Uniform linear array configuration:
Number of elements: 48
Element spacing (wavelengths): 1
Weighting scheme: exponential
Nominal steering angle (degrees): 30
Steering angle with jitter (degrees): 31.725
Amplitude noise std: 0.05
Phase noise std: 0.05

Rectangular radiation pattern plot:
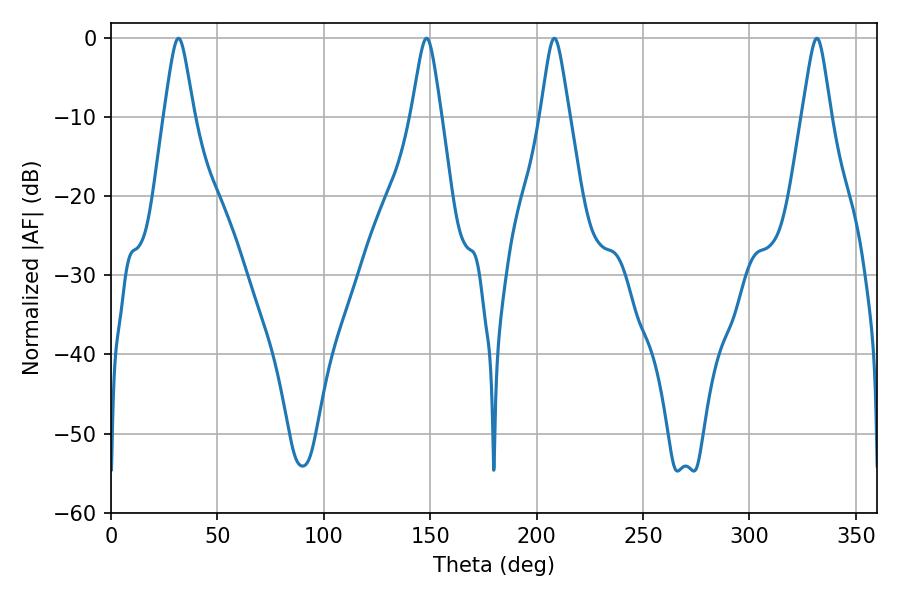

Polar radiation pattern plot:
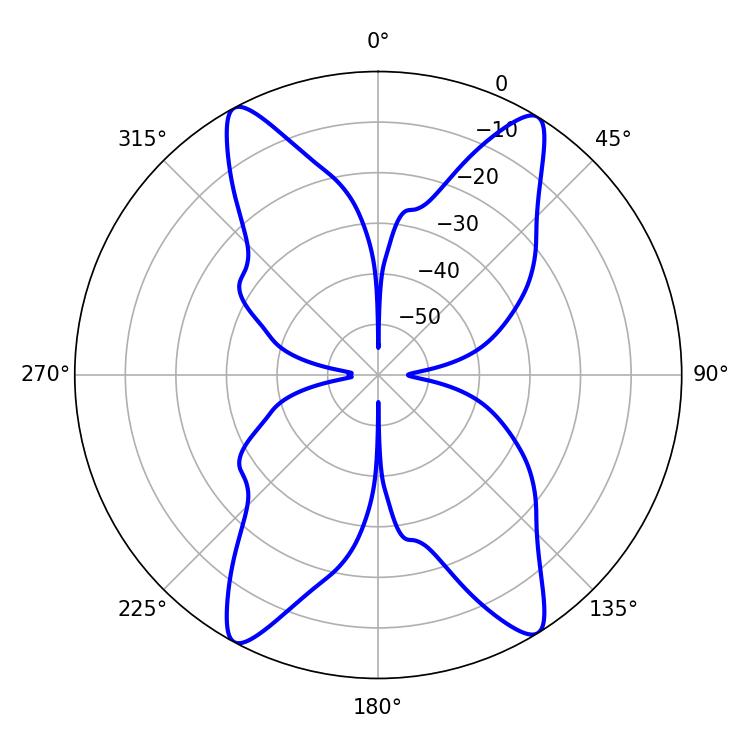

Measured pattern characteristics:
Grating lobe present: TRUE
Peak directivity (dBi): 19.579
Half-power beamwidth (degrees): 6.66
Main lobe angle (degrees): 31.68